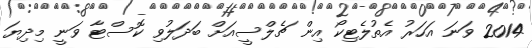
2014 ވަނަ އަހަރު އެތުލެޓިކޯ އިން ޗެލްސީއަށް ބަދަލުވި ކޮސްޓާ ވަނީ މިދިޔަ